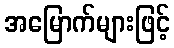
အမြောက်များဖြင့်